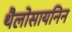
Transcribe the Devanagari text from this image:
थैलोसायनिन